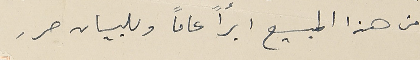
من هذا المبيع ابرأً عاماً وللبيان حرر